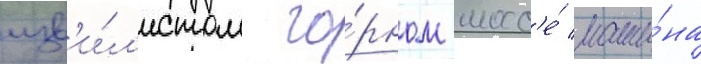
изв'и́л'истом го́рном шосс'е́ маши́на